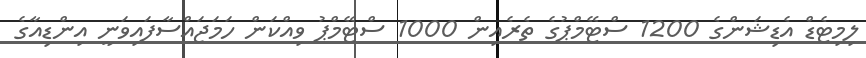
ލިމިޓެޑް އެޑިޝަންގެ 1200 ސްޓޭމްޕުގެ ތެރެއިން 1000 ސްޓޭމްޕު ވިއްކަން ހަމަޖައްސާފައިވަނީ އިންޑިއާގެ